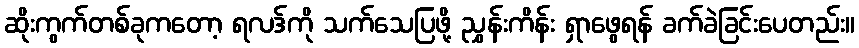
ဆိုးကွက်တစ်ခုကတော့ ရလဒ်ကို သက်သေပြဖို့ ညွှန်းကိန်း ရှာဖွေရန် ခက်ခဲခြင်းပေတည်း။